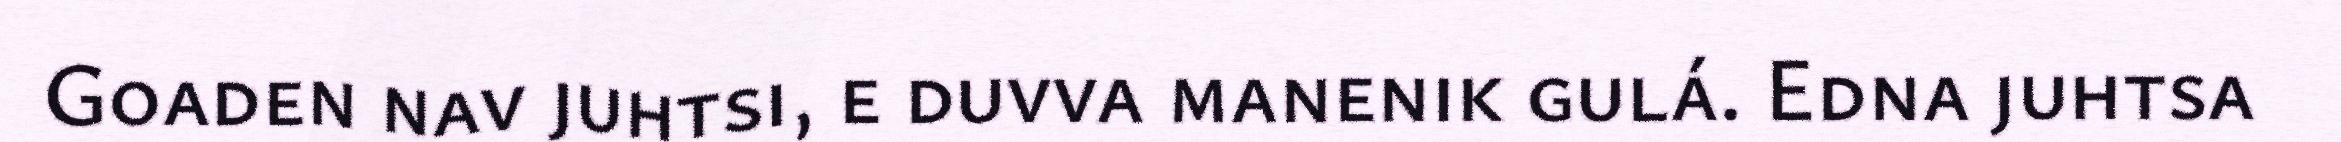
Goaden nav juhtsi, e duvva manenik gulá. Edna juhtsa